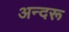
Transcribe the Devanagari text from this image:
अन्दरू